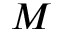
M